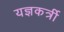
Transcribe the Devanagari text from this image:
यज्ञकर्त्री